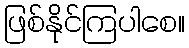
ဖြစ်နိုင်ကြပါစေ။